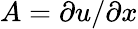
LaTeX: A=\partial u/\partial x